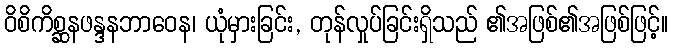
ဝိစိကိစ္ဆနဖန္ဒနဘာဝေန၊ ယုံမှားခြင်း, တုန်လှုပ်ခြင်းရှိသည် ၏အဖြစ်၏အဖြစ်ဖြင့်။